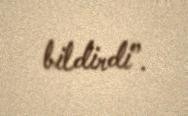
bildirdi”.